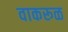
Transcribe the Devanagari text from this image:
वाकरूळ